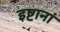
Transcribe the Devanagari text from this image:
इष्टानां